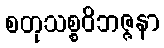
စတုသစ္စဝိဘဇ္ဇနာ